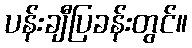
ပန်းချီပြခန်းတွင်။